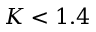
K < 1 . 4